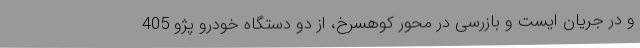
و در جریان ایست و بازرسی در محور کوهسرخ، از دو دستگاه خودرو پژو 405